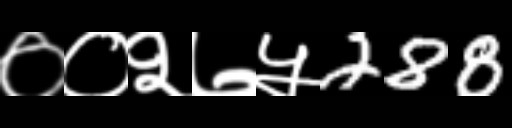
Text: ००२७५288